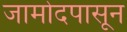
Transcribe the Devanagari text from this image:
जामोदपासून